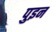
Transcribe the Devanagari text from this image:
पुइन